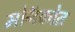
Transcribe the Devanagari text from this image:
मोनॅकोत